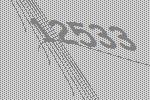
12533